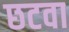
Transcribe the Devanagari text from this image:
छटवा